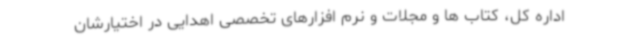
اداره کل، کتاب ها و مجلات و نرم افزارهای تخصصی اهدایی در اختیارشان